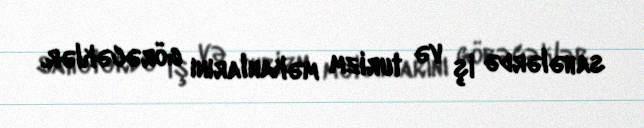
sahələrdə iş və turizm məkanlarını görəcəklər.